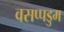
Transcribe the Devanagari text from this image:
वसप्पडुम